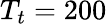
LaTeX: T_{t}=200